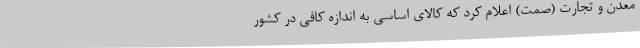
معدن و تجارت (صمت) اعلام کرد که کالای اساسی به اندازه کافی در کشور